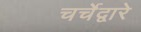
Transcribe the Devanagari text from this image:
चर्चेद्वारे